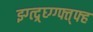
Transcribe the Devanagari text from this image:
झ्ग्त्द्र्घ्ग्ग्फ्त्फ्ह